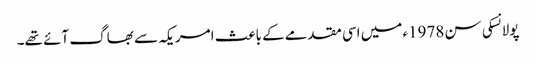
پولانسکی سن 1978ء میں اسی مقدمے کے باعث امریکہ سے بھاگ آئے تھے۔